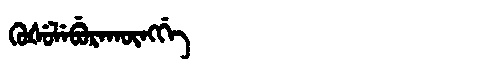
Manchu: ᡴᡠᡧᡠᠯᡝᠪᡠᡵᠠᡴᡡᠩᡤᡝ
Romanization: KUŠULEBURAKŪNGGE